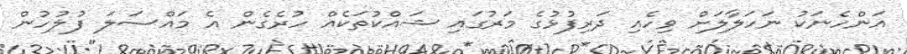
އަންހެނަކު ނަހަލާލަށް ވިހެއި ދަރިފުޅުގެ މަރުގައި ޝައްކުތަކެއް ހުރެގެން އެ މައްސަލަ ފުލުހުން